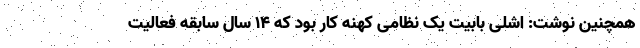
همچنین نوشت: اشلی بابیت یک نظامی کهنه کار بود که 14 سال سابقه فعالیت